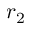
r _ { 2 }